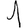
Digit: 1